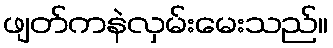
ဖျတ်ကနဲလှမ်းမေးသည်။